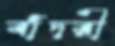
বাঁদরী